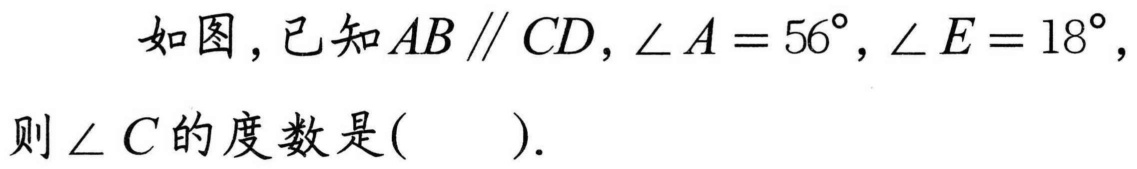
如图，已知$AB \parallel CD$，$\angle A = 56^{\circ}$，$\angle E = 18^{\circ}$，则$\angle C$的度数是(  ).